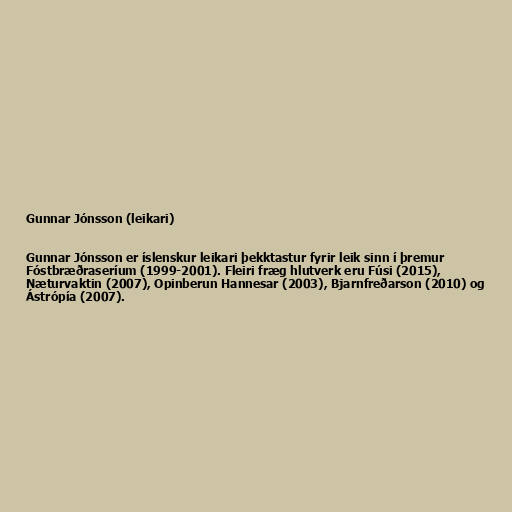
Gunnar Jónsson (leikari)

Gunnar Jónsson er íslenskur leikari þekktastur fyrir leik sinn í þremur
Fóstbræðraseríum (1999-2001). Fleiri fræg hlutverk eru Fúsi (2015),
Næturvaktin (2007), Opinberun Hannesar (2003), Bjarnfreðarson (2010) og
Ástrópía (2007).